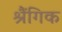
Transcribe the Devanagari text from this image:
श्रैंगिक